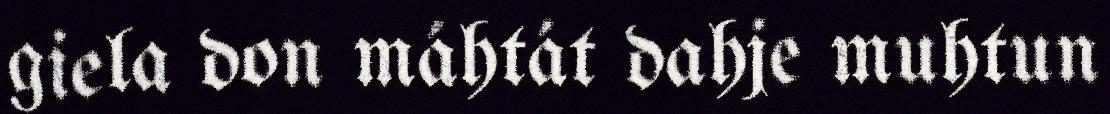
giela don máhtát dahje muhtun